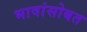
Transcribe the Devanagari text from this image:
भावांसोबत